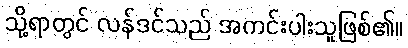
သို့ရာတွင် လန်ဒင်သည် အကင်းပါးသူဖြစ်၏။